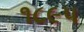
૧૮૯૫